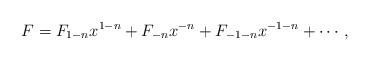
LaTeX: \begin{align*}F = F_{1-n} x^{1-n} + F_{-n} x^{-n} + F_{-1-n} x^{-1-n} +\cdots,\end{align*}